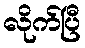
လိုက်ပြီ